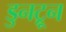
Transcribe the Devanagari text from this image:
डुनट्रून